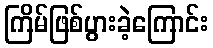
ကြိမ်ဖြစ်ပွားခဲ့ကြောင်း